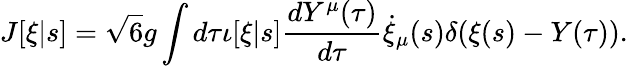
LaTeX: J[\xi|s]=\sqrt{6}g\int d\tau\iota[\xi|s]\frac{dY^{\mu}(\tau)}{d\tau}\dot{\xi}_{\mu}(s)\delta(\xi(s)-Y(\tau)).